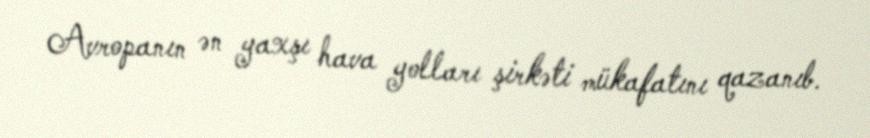
Avropanın ən yaxşı hava yolları şirkəti mükafatını qazanıb.